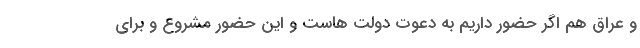
و عراق هم اگر حضور داریم به دعوت دولت هاست و این حضور مشروع و برای